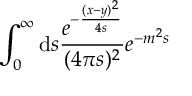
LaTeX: \int _ { 0 } ^ { \infty } \mathrm { d } s \frac { e ^ { - \frac { ( x - y ) ^ { 2 } } { 4 s } } } { ( 4 \pi s ) ^ { 2 } } e ^ { - m ^ { 2 } s }